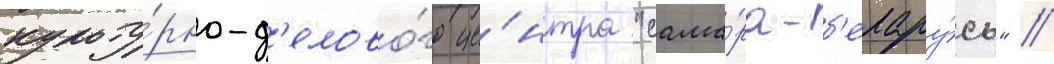
культу́рно-д'елово́го це́нтра "сама́ра-б'елару́сь" /